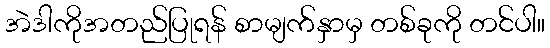
အဲဒါကိုအတည်ပြုရန် စာမျက်နှာမှ တစ်ခုကို တင်ပါ။